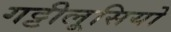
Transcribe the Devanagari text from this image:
गट्टीलूसियो